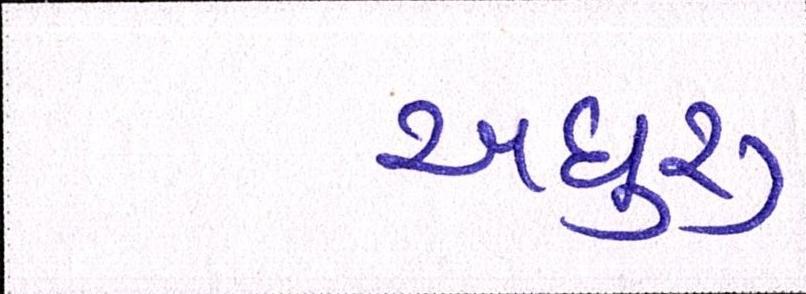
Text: અધુરુ